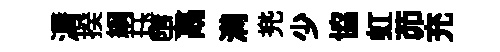
漘揆綱珏墮鬲满兠少協虹茆充